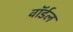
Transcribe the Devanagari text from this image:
वॉर्डल